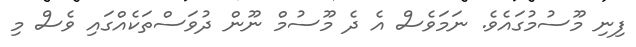
ފިނި މޫސުމުގައެވެ. ނަމަވެސް އެ ދެ މޫސުމް ނޫން ދުވަސްތަކެއްގައި ވެސް މި